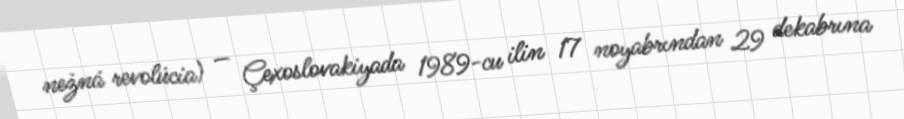
nežná revolúcia) — Çexoslovakiyada 1989-cu ilin 17 noyabrından 29 dekabrına